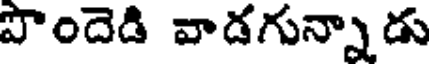
పొందెడి వాడగున్నాడు